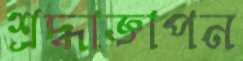
শ্রদ্ধাজ্ঞাপন